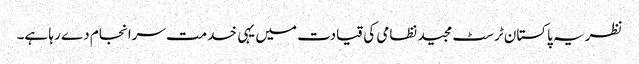
نظریہ پاکستان ٹرسٹ مجید نظامی کی قیادت میں یہی خدمت سرانجام دے رہا ہے۔